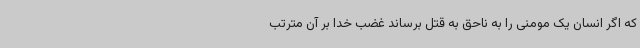
که اگر انسان یک مومنی را به ناحق به قتل برساند غضب خدا بر آن مترتب